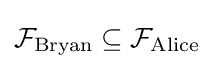
{\mathcal {F}}_{\text{Bryan}}\subseteq {\mathcal {F}}_{\text{Alice}}